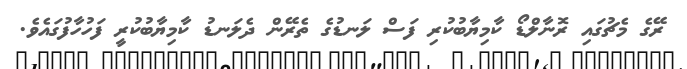
ރޭގެ މެޗުގައި ރޮނާލްޑޯ ކާމިޔާބުކުރި ފަސް ލަނޑުގެ ތެރޭން ދެލަނޑު ކާމިޔާބުކުރީ ފަހުހާފުގައެވެ.